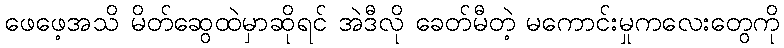
ဖေဖေ့အသိ မိတ်ဆွေထဲမှာဆိုရင် အဲဒီလို ခေတ်မီတဲ့ မကောင်းမှုကလေးတွေကို